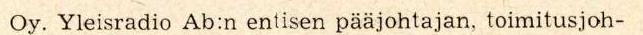
Oy. Yleisradio Ab:n entisen pääjohtajan, toimitusjoh-